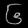
Digit: ၆